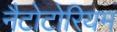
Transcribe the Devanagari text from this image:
नैटोटोरियम